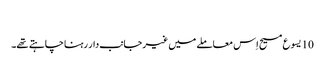
‏
10 یسوع مسیح اِس معاملے میں غیرجانب‌دار رہنا چاہتے تھے۔